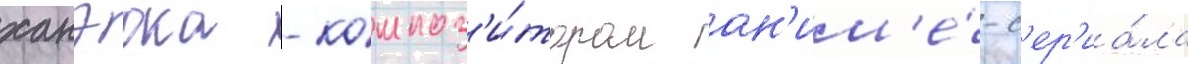
ханэока - композ'и́тором ан'им'е́-с'ер'иа́ла